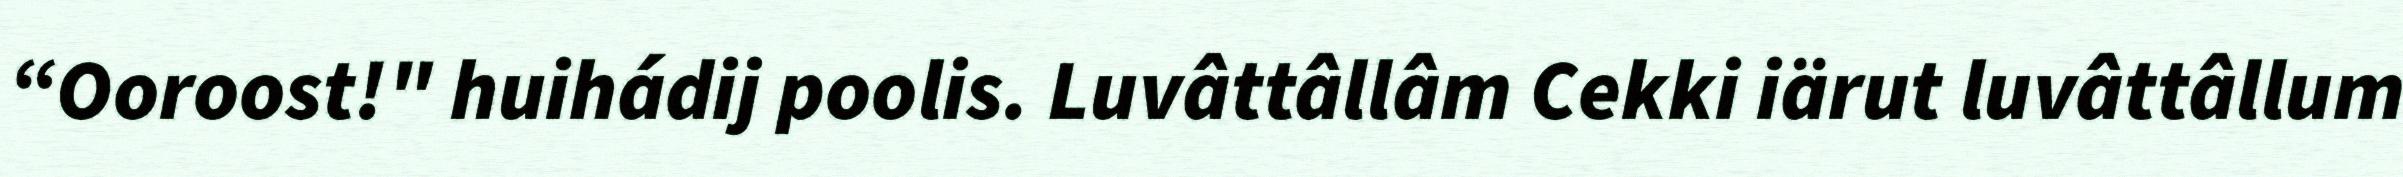
“Ooroost!" huihádij poolis. Luvâttâllâm Cekki iärut luvâttâllum